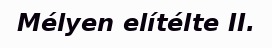
Mélyen elítélte II.